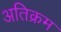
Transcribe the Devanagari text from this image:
अतिक्रम